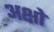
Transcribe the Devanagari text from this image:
अक्षो